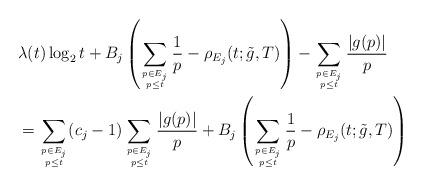
LaTeX: \begin{align*}&\lambda(t)\log_2 t +B_j\left(\sum_{p \in E_j \atop p \leq t} \frac{1}{p} - \rho_{E_j}(t;\tilde{g},T)\right) - \sum_{p \in E_j \atop p \leq t} \frac{|g(p)|}{p} \\&= \sum_{p \in E_j \atop p \leq t} (c_j-1)\sum_{p \in E_j \atop p \leq t} \frac{|g(p)|}{p} + B_j\left(\sum_{p \in E_j \atop p \leq t} \frac{1}{p} - \rho_{E_j}(t;\tilde{g},T)\right)\end{align*}